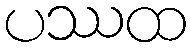
ပဿထ